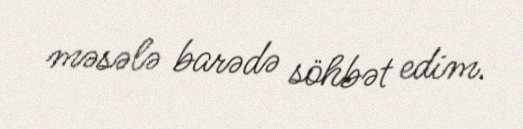
məsələ barədə söhbət edim.